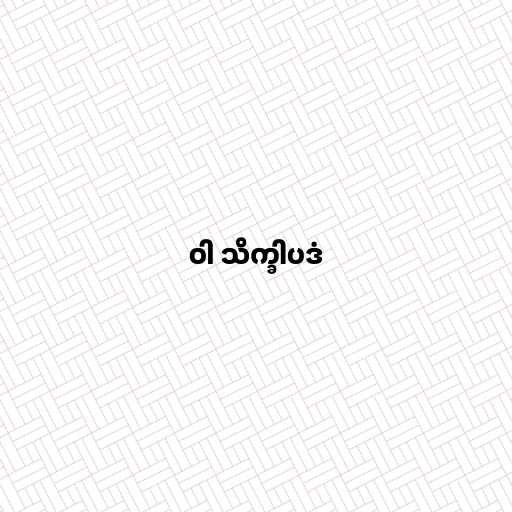
ဝါ သိက္ခါပဒံ